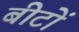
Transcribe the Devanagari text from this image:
बीटों